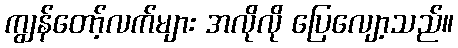
ကျွန်တော့်လက်များ အလိုလို ပြေလျော့သည်။